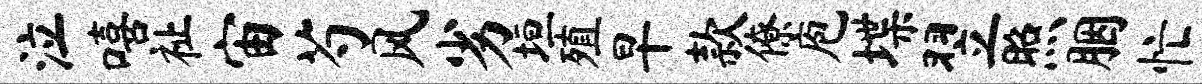
泣嘻祉宙芍风劣垣殖早款僚庖堞翌照胭忙